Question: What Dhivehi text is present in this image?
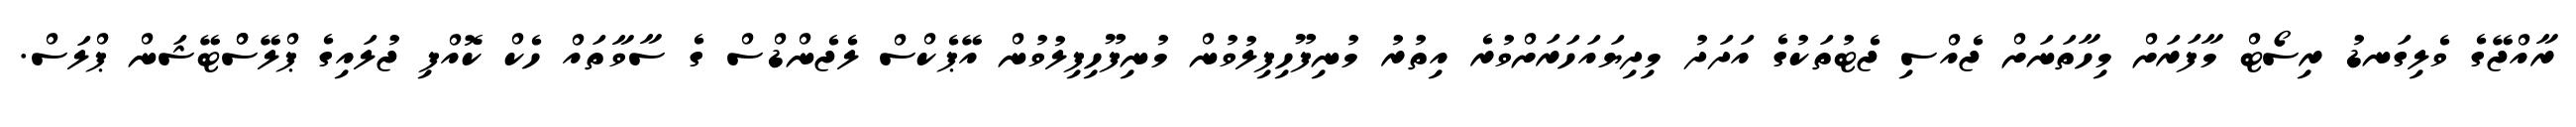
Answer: ރާއްޖޭގެ ވެލިގަނޑު ރިސޯޓް މާފަރަށް މިހާތަނަށް ޖެއްސި ޖެޓުތަކުގެ އަދަދު މިދިޔައަހަރަށްވުރެ އިތުރު މުނިފޫހިފިލުވުން މުނިފޫހިފިލުވުން އޭޕެކްސް ލެޖެންޑްސް ގެ ސާވާތައް ހެކް ކޮއްފި ޖުލައިގެ ޕްލޭސްްޓޭޝަން ޕްލަސް.